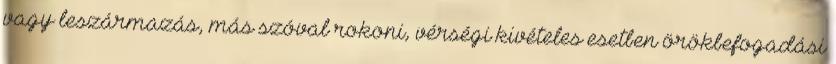
vagy leszármazás, más szóval rokoni, vérségi kivételes esetben örökbefogadási